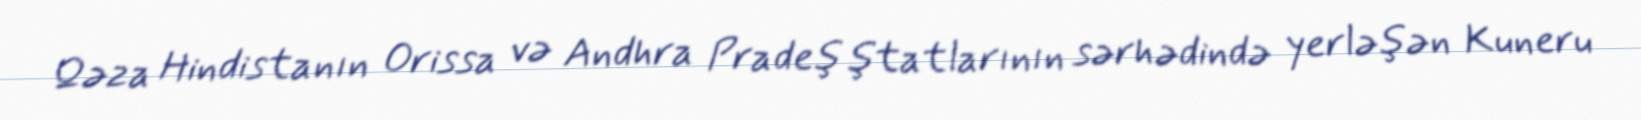
Qəza Hindistanın Orissa və Andhra Pradeş ştatlarının sərhədində yerləşən Kuneru